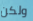
ولكن